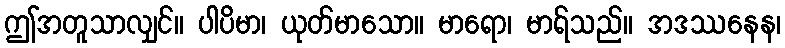
ဤအတူသာလျှင်။ ပါပိမာ၊ ယုတ်မာသော။ မာရော၊ မာရ်သည်။ အဒဿနေန၊